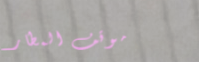
موقف المطار